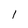
Character: I